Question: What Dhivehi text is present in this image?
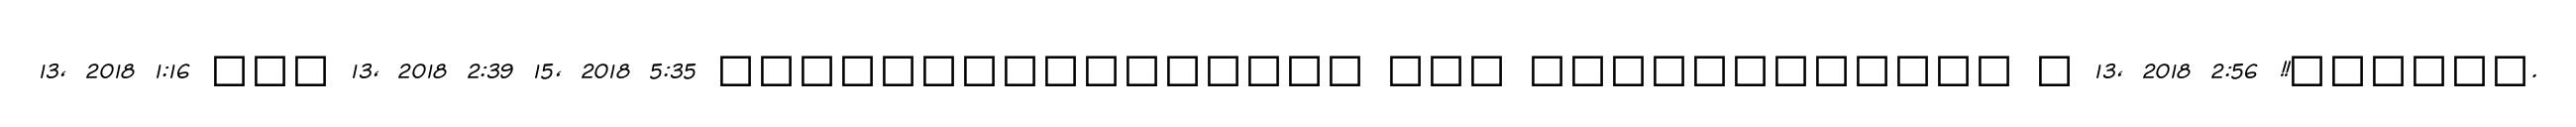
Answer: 13, 2018 1:16 ??? 13, 2018 2:39 15, 2018 5:35 ???????????????? ??? ???????????? ? 13, 2018 2:56 !!??????.